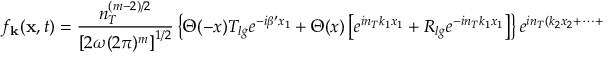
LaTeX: f _ { \bf k } ( { \bf x } , t ) = { \frac { n _ { T } ^ { ( m - 2 ) / 2 } } { \left[ 2 \omega ( 2 \pi ) ^ { m } \right] ^ { 1 / 2 } } } \left\{ \Theta ( - x ) T _ { l g } e ^ { - i \beta ^ { \prime } x _ { 1 } } + \Theta ( x ) \left[ e ^ { i n _ { T } k _ { 1 } x _ { 1 } } + R _ { l g } e ^ { - i n _ { T } k _ { 1 } x _ { 1 } } \right] \right\} e ^ { i n _ { T } ( k _ { 2 } x _ { 2 } + \cdots + k _ { m } x _ { m } ) } e ^ { - i \omega t } ,